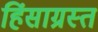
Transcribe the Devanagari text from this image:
हिंसाग्रस्त